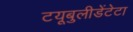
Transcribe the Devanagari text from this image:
टयूबुलीडेंटेटा